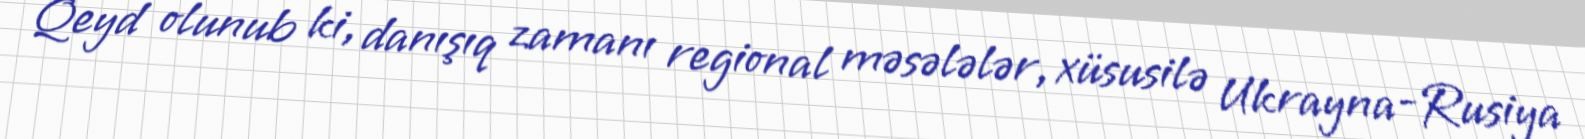
Qeyd olunub ki, danışıq zamanı regional məsələlər, xüsusilə Ukrayna-Rusiya